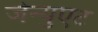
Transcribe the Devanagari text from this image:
जेन्युएट